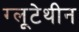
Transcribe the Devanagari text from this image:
ग्लूटेथीन